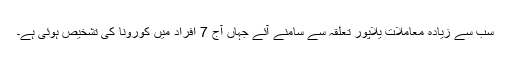
سب سے زیادہ معاملات یلاپور تعلقہ سے سامنے آئے جہاں آج 7 افراد میں کورونا کی تشخیص ہوئی ہے۔